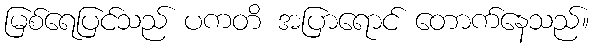
မြစ်ရေပြင်သည် ပကတိ အပြာရောင် တောက်နေသည်။